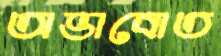
অভাবোত